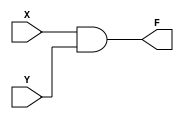
module and2(X,Y,F);
  input X,Y;
  output F;
  reg F,A;
  always @(X, Y)begin
    F<=X & Y;
    A<=X | Y;
  end
endmodule